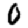
Digit: 0